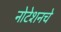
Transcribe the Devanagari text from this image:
नोटेशनचे